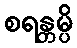
စရန္တမ္ပိ